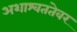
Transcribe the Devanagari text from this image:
अशाश्वततेवर